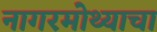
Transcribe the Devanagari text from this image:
नागरमोथ्याचा